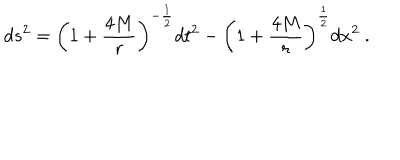
d s ^ { 2 } = \left( 1 + { \frac { 4 M } { r } } \right) ^ { - { \frac { 1 } { 2 } } } d t ^ { 2 } - \left( 1 + { \frac { 4 M } { r } } \right) ^ { \frac { 1 } { 2 } } d x ^ { 2 } \ .